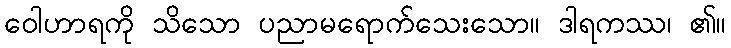
ဝေါဟာရကို သိသော ပညာမရောက်သေးသော။ ဒါရကဿ၊ ၏။